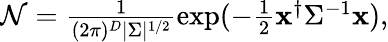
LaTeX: \begin{array}{r}{\mathcal{N}=\frac{1}{(2\pi)^{D}|\Sigma|^{1/2}}\exp(-\frac{1}{2}{\mathbf x}^{\dagger}\Sigma^{-1}{\mathbf x}),}\end{array}